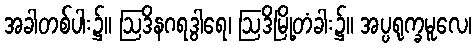
အခါတစ်ပါး၌။ ဩဒိနဂရဒွါရေ၊ ဩဒိမြို့တံခါး၌။ အပ္ပရုက္ခမူလေ၊